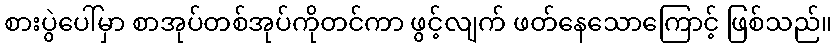
စားပွဲပေါ်မှာ စာအုပ်တစ်အုပ်ကိုတင်ကာ ဖွင့်လျက် ဖတ်နေသောကြောင့် ဖြစ်သည်။